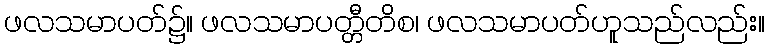
ဖလသမာပတ်၌။ ဖလသမာပတ္တီတိစ၊ ဖလသမာပတ်ဟူသည်လည်း။